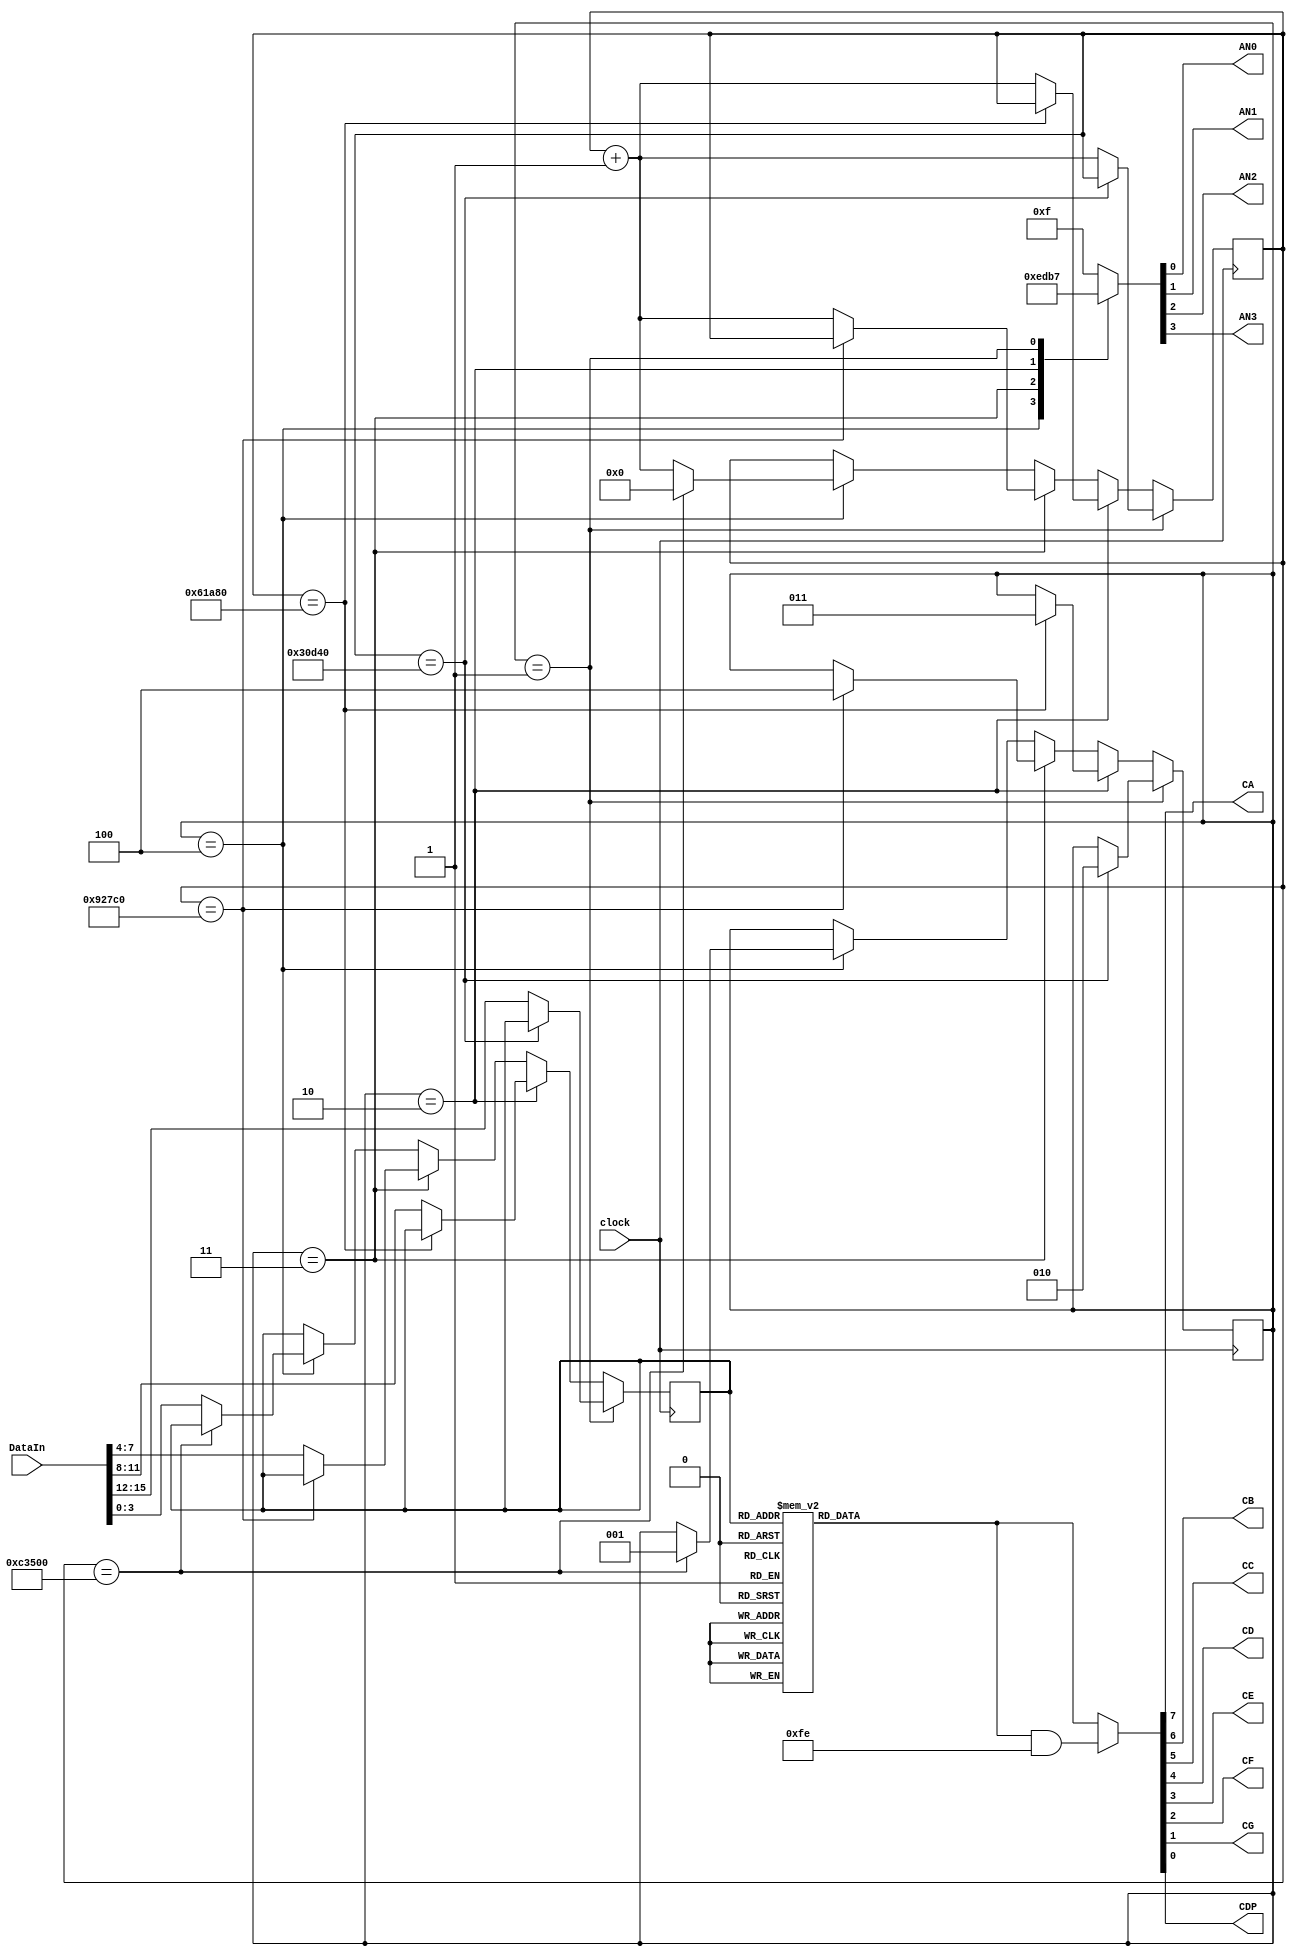
module SevenSegDec (clock,DataIn, AN0, AN1, AN2, AN3, CA, CB, CC, CD, CE, CF, CG, CDP);

input [15:0] DataIn;  // = 16'h9ABC;
//USED FOR SEVEN SEG
input clock;

output AN0, AN1, AN2, AN3, CA, CB, CC, CD, CE, CF, CG, CDP;

reg [7:0] cathodedata; //cathode data
reg [3:0] anodedata; //anode data
reg [2:0] digit = 1;
reg [3:0] data;
reg setdp;
reg [19:0] counter = 0;

assign CA = cathodedata [7];
assign CB = cathodedata [6];
assign CC = cathodedata [5];
assign CD = cathodedata [4];
assign CE = cathodedata [3];
assign CF = cathodedata [2];
assign CG = cathodedata [1];
assign CDP = cathodedata [0];
assign AN3 = anodedata [3];
assign AN2 = anodedata [2];
assign AN1 = anodedata [1];
assign AN0 = anodedata [0];
//USED FOR SEVEN SEG

    //Multiplexing
    //Board Clock: 50MHz
    //p = t*f
    //t = 16ms
    //p = 16ms * 50*10^6 = 800,000 cycles
    //200,000 cycles for each digit
    //Refreshed every 16ms (~60Hz)

always@(negedge clock)
begin
    if (digit == 1)
        begin
            if (counter == 200_000)
                begin
                    digit = 2;
                end
            else
                begin
                counter = counter + 1;
                data = DataIn[15:12];
                end
        end
    else if (digit == 2)
        begin
            if (counter == 400_000)
                begin
                    digit = 3;
                end
            else
                begin
                    counter = counter + 1;
                    data = DataIn[11:8];
                end
        end
    else if (digit == 3)
        begin
            if (counter == 600_000)
                begin
                    digit = 4;
                end
            else
                begin
                    counter = counter + 1;
                    data = DataIn[7:4];
                end
        end
    else if (digit == 4)
        begin
            if (counter == 800_000)
                begin
                    digit = 1;
                    counter = 0;
                end 
            else
                begin
                    counter = counter + 1;
                    data = DataIn[3:0];
                end
        end 
end


always @ (*)
begin

    case (data)
        4'd0: cathodedata = 8'b00000011; //0
        4'd1: cathodedata = 8'b10011111; //1
        4'd2: cathodedata = 8'b00100101; //2
        4'd3: cathodedata = 8'b00001101; //3
        4'd4: cathodedata = 8'b10011001; //4
        4'd5: cathodedata = 8'b01001001; //5
        4'd6: cathodedata = 8'b01000001; //6
        4'd7: cathodedata = 8'b00011111; //7
        4'd8: cathodedata = 8'b00000001; //8
        4'd9: cathodedata = 8'b00001001; //9
        4'd10: cathodedata = 8'b00010001; //A
        4'd11: cathodedata = 8'b11000001; //B
        4'd12: cathodedata = 8'b01100011; //C
        4'd13: cathodedata = 8'b10000101; //D
        4'd14: cathodedata = 8'b00100001; //E
        4'd15: cathodedata = 8'b01110001; //F
        default: cathodedata = 8'b11111111; //default all off
    endcase

    if (setdp == 1) //decimal point
        cathodedata = cathodedata & 8'hFE;

    case(digit)
        0: anodedata = 4'b1111; //all OFF
        4: anodedata = 4'b1110; //AN0
        3: anodedata = 4'b1101; //AN1
        2: anodedata = 4'b1011; //AN2
        1: anodedata = 4'b0111; //AN3
        default:
        anodedata = 4'b1111; //all OFF
    endcase

end 
endmodule